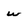
Character: w